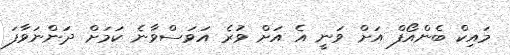
މައިކް ބެންއޯފް އަށް ވަނީ އެ އަށް ވުރެ އަވަސްވާނެ ކަމަށް ދަންނަވާފަ